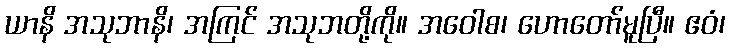
ယာနိ အသုဘာနိ၊ အကြင် အသုဘတို့ကို။ အဝေါစ၊ ဟောတော်မူပြီ။ ဧဝံ၊